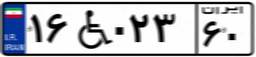
۹۸W۸۱۹۰۰